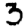
Digit: 3